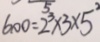
6 0 0 = 2 ^ { 3 } \times 3 \times 5 ^ { 2 }